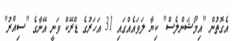
އެގޮތުން "އިމޯޝަންލެސް" ކިޔާ ލަވައެއްގައި 31 އަހަރުގެ ޑްރޭކް ވަނީ އޭނާގެ "ސިއްރު"